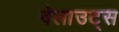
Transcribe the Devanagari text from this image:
वेलाउट्स